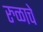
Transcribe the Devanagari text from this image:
रुळाचे